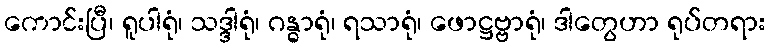
ကောင်းပြီ၊ ရူပါရုံ၊ သဒ္ဒါရုံ၊ ဂန္ဓာရုံ၊ ရသာရုံ၊ ဖောဋ္ဌဗ္ဗာရုံ၊ ဒါတွေဟာ ရုပ်တရား